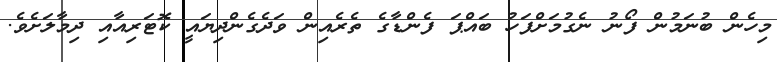
މިހެން ބުނަމުން ފޯނު ނެގުމަށްފަހު ބައްޕަ ފެންޑާގެ ތެރެއިން ވަދެގެންދިޔައީ ކޮޓަރިއާއި ދިމާލަށެވެ.